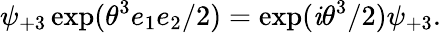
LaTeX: \psi_{+3}\exp(\theta^{3}e_{1}e_{2}/2)=\exp(\mathit{i}\theta^{3}/2)\psi_{+3}.